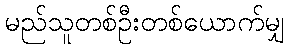
မည်သူတစ်ဦးတစ်ယောက်မျှ